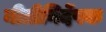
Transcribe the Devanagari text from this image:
नीतीनिर्देषक